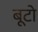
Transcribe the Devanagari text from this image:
बूटो